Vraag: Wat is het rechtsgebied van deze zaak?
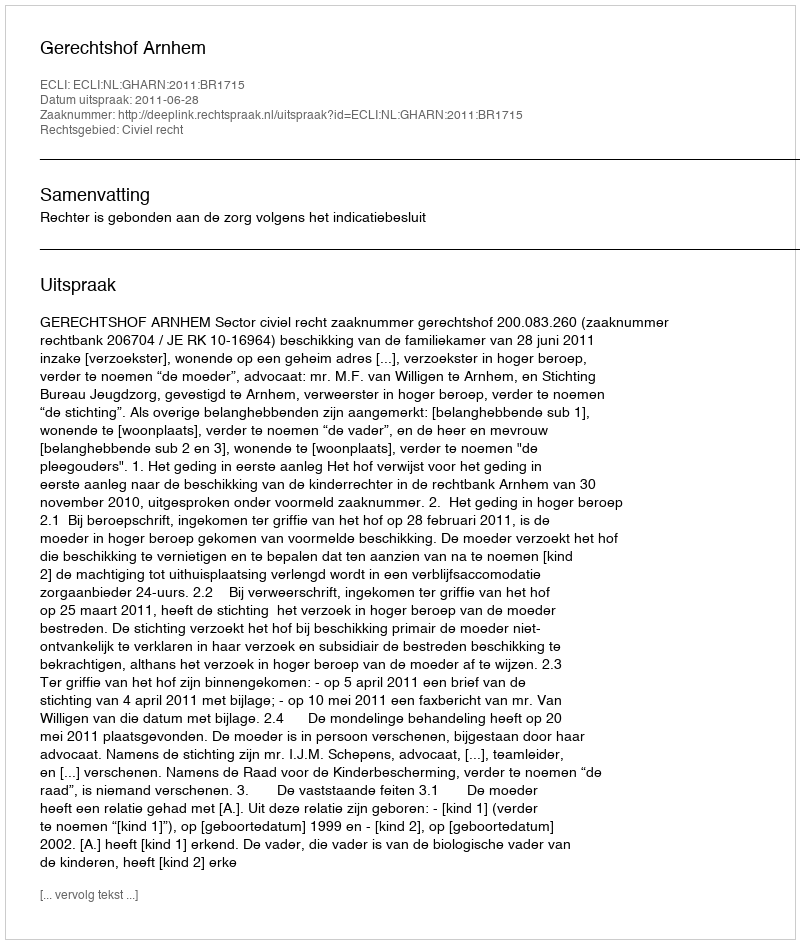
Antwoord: Civiel recht